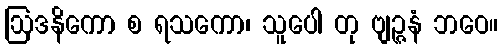
ဩဒနိကော စ ရသကော၊ သူပေါ တု ဗျဉ္ဇနံ ဘဝေ။